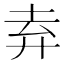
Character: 弆